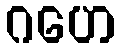
ဂဟေ